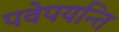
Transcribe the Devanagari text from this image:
पवेपयन्ति